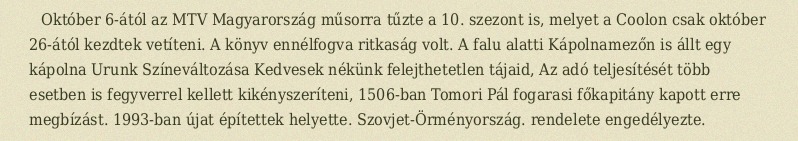
Október 6-ától az MTV Magyarország műsorra tűzte a 10. szezont is, melyet a Coolon csak október 26-ától kezdtek vetíteni. A könyv ennélfogva ritkaság volt. A falu alatti Kápolnamezőn is állt egy kápolna Urunk Színeváltozása Kedvesek nékünk felejthetetlen tájaid, Az adó teljesítését több esetben is fegyverrel kellett kikényszeríteni, 1506-ban Tomori Pál fogarasi főkapitány kapott erre megbízást. 1993-ban újat építettek helyette. Szovjet-Örményország. rendelete engedélyezte.